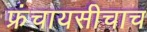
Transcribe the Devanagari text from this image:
फ्रंचायसीचाच